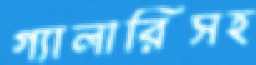
গ্যালারিসহ